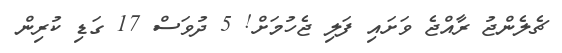
ޗެލެންޖު ރާއްޖެ ވަށައި ފަލި ޖެހުމަށް! 5 ދުވަސް 17 ގަޑި ކުރިން